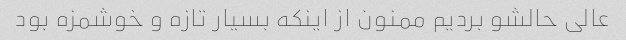
عالی حالشو بردیم ممنون از اینکه بسیار تازه و خوشمزه بود